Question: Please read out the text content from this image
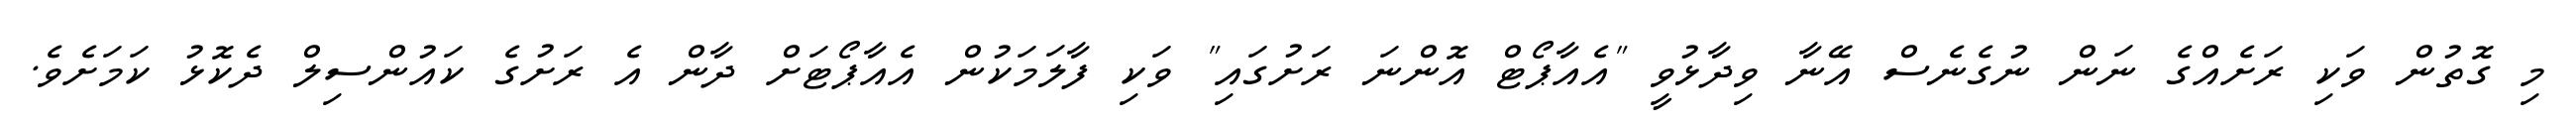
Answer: މި ގޮތުން ވަކި ރަށެއްގެ ނަން ނުގެނެސް އޭނާ ވިދާޅުވީ "އެއާޕޯޓް އޮންނަ ރަށުގައި" ވަކި ފާލަމަކުން އެއާޕޯޓަށް ދާން އެ ރަށުގެ ކައުންސިލް ދެކޮޅު ކަމަށެވެ.